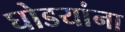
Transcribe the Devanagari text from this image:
घोडयांना